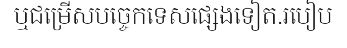
ឬជម្រើសបច្ចេកទេសផ្សេងទៀត.របៀប